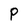
Character: P